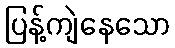
ပြန့်ကျဲနေသော